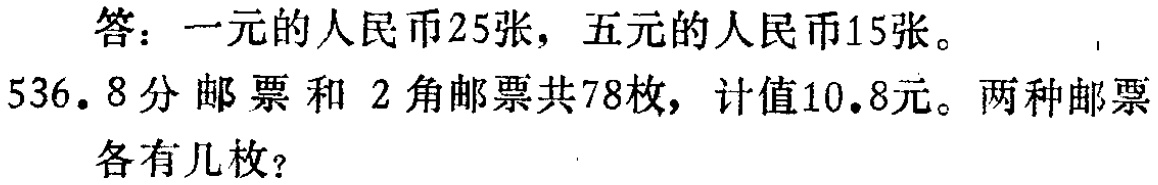
答：一元的人民币25张，五元的人民币15张。

536. 8分邮票和2角邮票共78枚，计值10.8元。两种邮票

各有几枚？